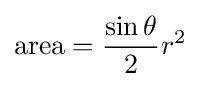
{\text{area}}={\frac {\sin \theta }{2}}r^{2}